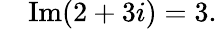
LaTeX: \quad\operatorname{Im}(2+3i)=3.